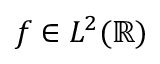
f \in L ^ { 2 } ( \mathbb { R } )